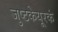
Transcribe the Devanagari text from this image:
जुष्टकेयूरकं